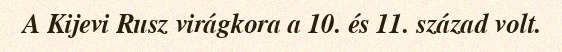
A Kijevi Rusz virágkora a 10. és 11. század volt.